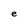
Character: e